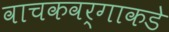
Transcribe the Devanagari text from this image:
वाचकवर्गाकडे